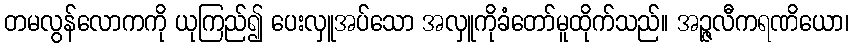
တမလွန်လောကကို ယုကြည်၍ ပေးလှူအပ်သော အလှူကိုခံတော်မူထိုက်သည်။ အဉ္ဇလီကရဏိယော၊